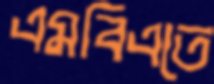
এমবিএতে